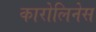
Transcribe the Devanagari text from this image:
कारोलिनेस